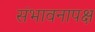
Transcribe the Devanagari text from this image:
संभावनापक्ष